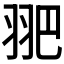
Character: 𦐆